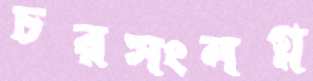
চরসংলগ্ন